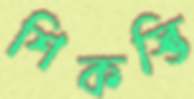
শিকস্তি